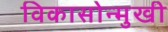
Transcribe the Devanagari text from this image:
विकासोन्मुखी